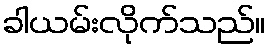
ခါယမ်းလိုက်သည်။